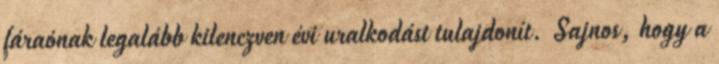
fáraónak legalább kilenczven évi uralkodást tulajdonít. Sajnos, hogy a